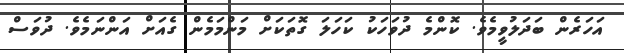
އަހަރެން ބަދަލުވީމެވެ. ކޮންމެ ދުވަހަކު ކަހަލަ ގޮތަކަށް މަންމަމެން ގެއަށް އަންނަމެވެ. ދުވަސް